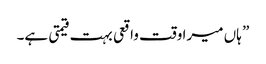
” ہاں میرا وقت واقعی بہت قیمتی ہے۔